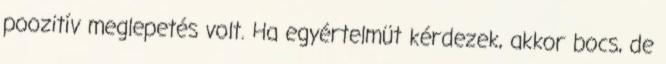
poozitív meglepetés volt. Ha egyértelmüt kérdezek, akkor bocs, de